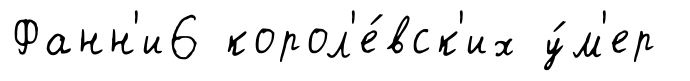
Фанн'и6 корол'е́вск'их у́м'ер